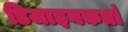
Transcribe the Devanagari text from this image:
डिजाइनकर्ता